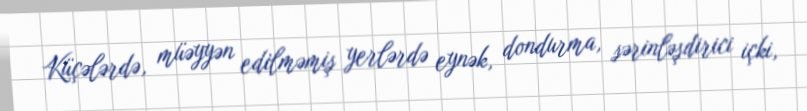
Küçələrdə, müəyyən edilməmiş yerlərdə eynək, dondurma, sərinləşdirici içki,